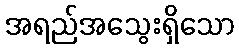
အရည်အသွေးရှိသော